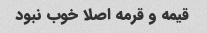
قیمه و قرمه اصلا خوب نبود